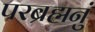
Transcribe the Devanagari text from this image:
परब्रह्मनुं